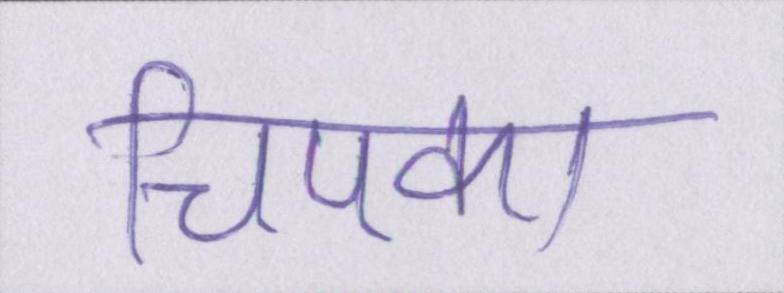
चिपका